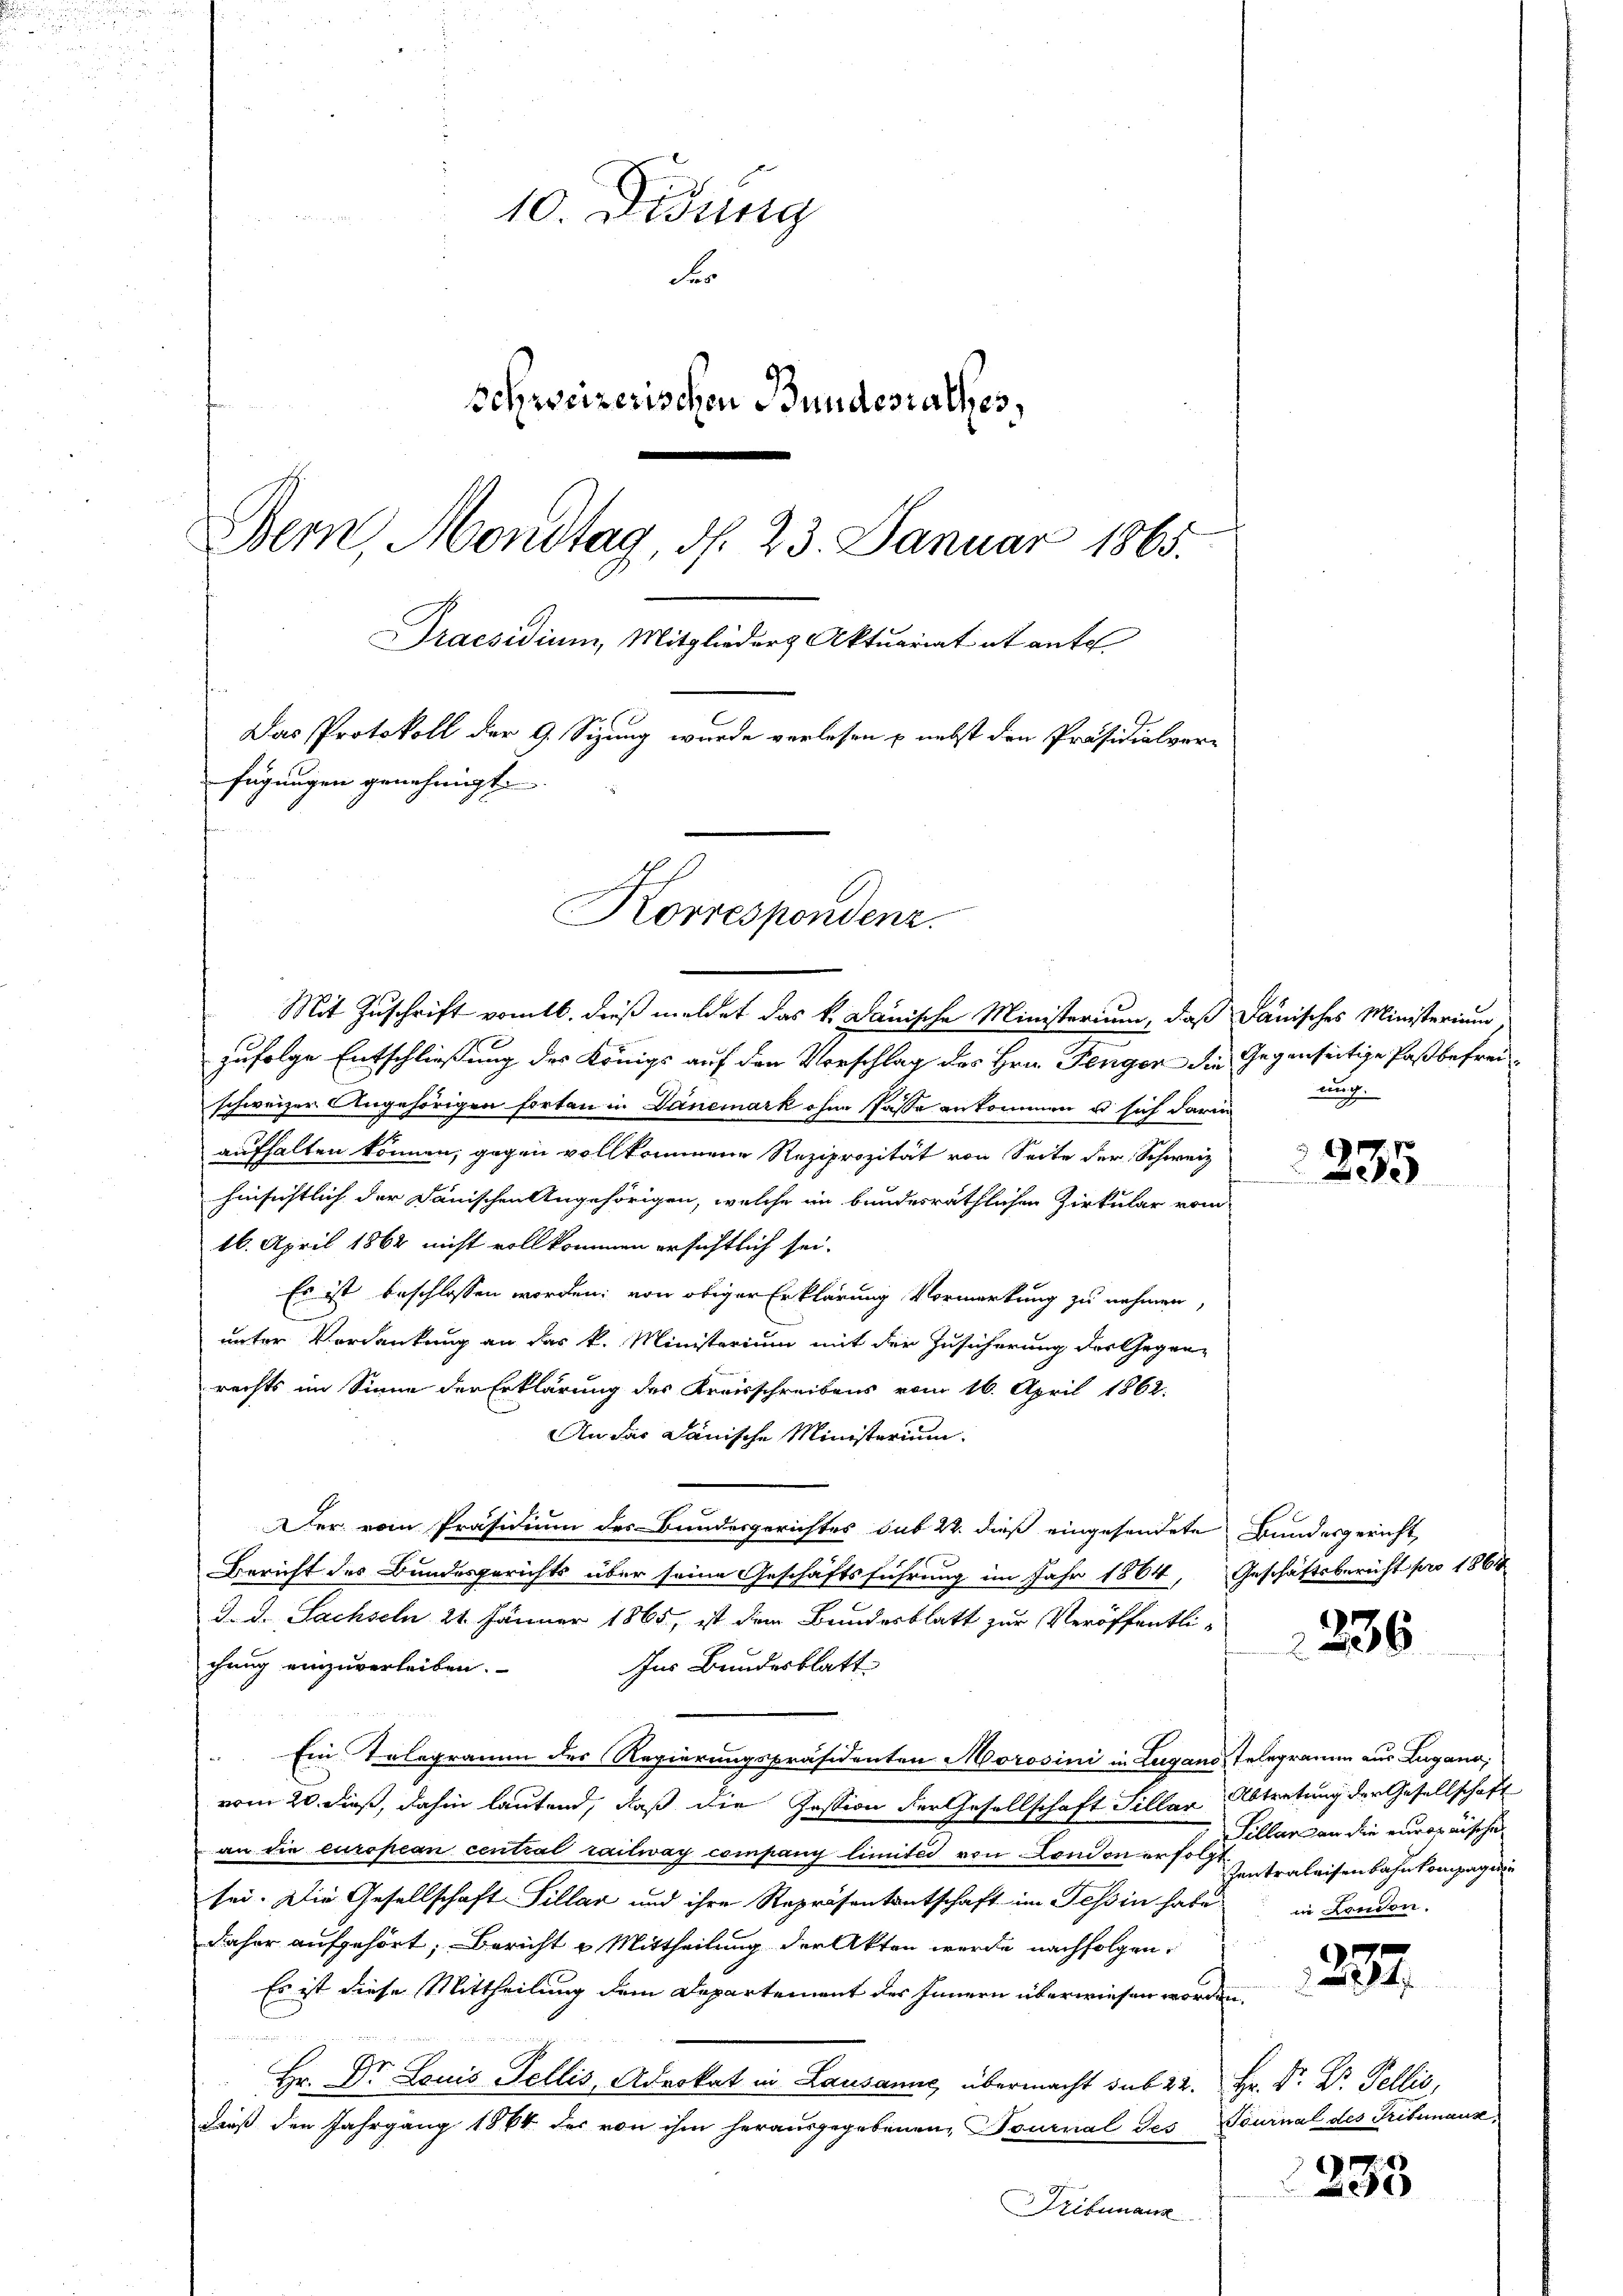
10. Didung
F
schweizerischen Bundesrathes,
Bern, Mondtag, d. 23. Januar 1865.
Praesidium, Mitglieder Aktuariat et ante
Das Protokoll der 9. Sizung wurde verlesen u. nebst den Präsidialver-
fügungen genehmigt.

Korrespondenz.

Mit Zuschrift vom 16. dieß meldet das k. Danische Ministerium, daß Janisches Ministerium
zufolge Entschließung des Königs auf den Vorschlag des Hrn. Fengen die Gegenseitige Paßbefreischweizer Angehörigen fortan in Danemark ohne Pässe ankommen u sich darin
aufhalten können, gegen vollkommene Reziprozität von Seite der Schweiz
hinsichtlich der Danischen Angehörigen, welche in bundesräthlichen Zirkular vom
16. April 1862 nicht vollkommen ersichtlich sei.
Es ist beschlossen worden; von obiger Erklärung Vormerkung zu nehmen,
unter Vordenkung an das k. Ministerium mit der Zusicherung der Gegen-
rechts im Sinne der Erklärung des Kreisschreibens vom 16. April 1862.
An das Dänische Ministerium
Der vom Präsidium des Bundesgerichtes sub 22. dieß eingesendete Bundesgericht,
Bericht des Bundesgerichts über seine Geschäftsführung im Jahr 1864, Geschäftsbericht pro 1864
J. J. Sachseln 21. Jänner 1865, ist dem Bundesblatt zur Veröffentli-
chung einzuverleiben. Ins Bundesblatt
Ein Telegramm des Regierungspräsidenten Morosini in Lugano, Telegramm aus Lugano,
vom 20. dieß, dahin lautend, daß die Pession der Gesellschaft Sillar Abtretung der Gesellschaft
an die european central railway company limität von London erfolgt. Interleisenbahnkompagn
sei. Die Gesellschaft Pillar und ihre Repräsentantschaft im Tessin habe.
daher aufgehört; Bericht u. Mittheilung der Akten werde nachfolgen.
Es ist diese Mittheilung dem Departement des Innern überwiesen worden.
Hr. Dr Louis Fellis, Advokat in Lausanne, übermacht sub 22. Hr. Dr. Dr. Pellis,
dieß den Jahrgang 1864 der von ihm herausgegebenen Tournal des Tournal des Tribunaus
Tribunaus

ung.

2335

2236

Sillars an die europäische
in Landon.

1234.

2233